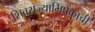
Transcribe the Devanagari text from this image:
शिवराज्याभिषेकाची